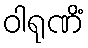
ဝါရုဏိံ